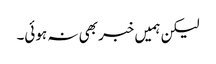
لیکن ہمیں خبر بھی نہ ہوئی۔